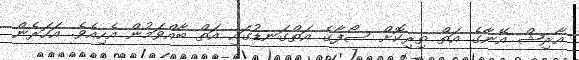
އާރިޝް އޭނާގެ އަތް ތިރިކޮށް ސޯފާގެ އަތްގަނޑުގައި އަތް ބާއްވަމުން އެހިއެވެ. އަހަރެން